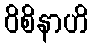
ဝိစိနာဟိ